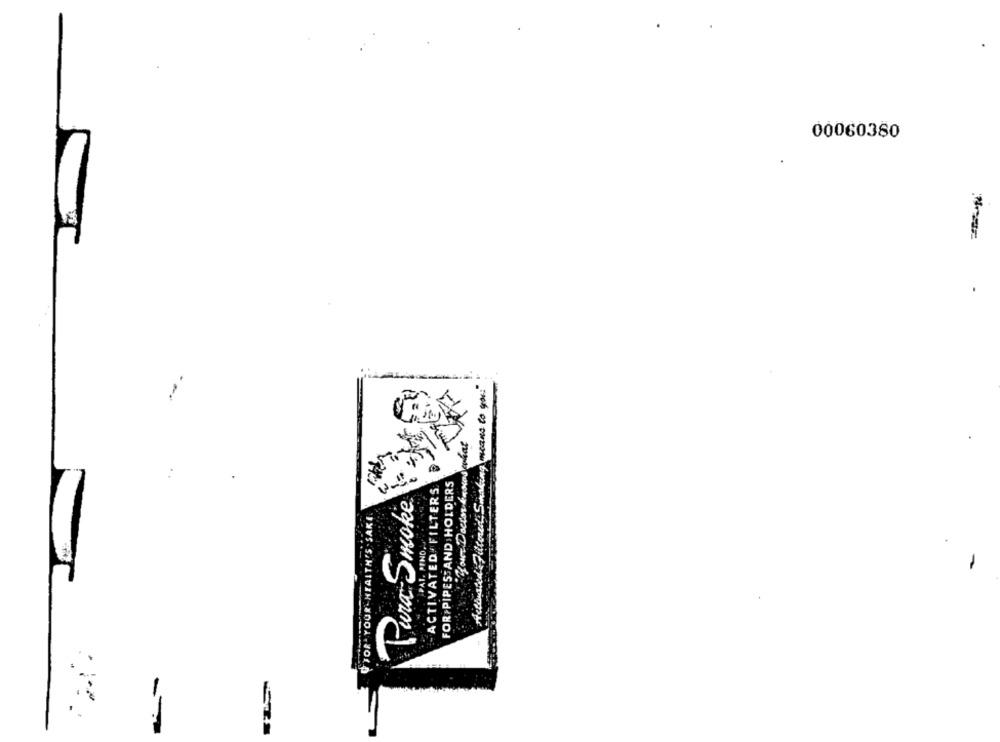
00060380
Heliusted" Filtered Smaking means to you
FOR PIPES AND HOLDERS
ACTIVATED FILTERS
Pura Smoke
UTOR YOUR HEALTH'S SAKE.
PAI. PINO.
-